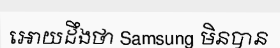
អោយដឹងថា Samsung មិនបាន